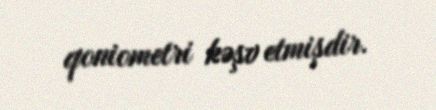
qoniometri kəşv etmişdir.